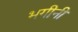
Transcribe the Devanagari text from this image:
भगीनी